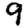
Digit: 9